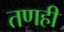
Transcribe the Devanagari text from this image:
तणही